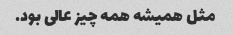
مثل همیشه همه چیز عالی بود.